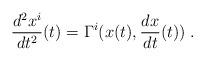
LaTeX: \begin{align*}\frac{d^2 x^i}{dt^2}(t)=\Gamma^i(x(t), \frac{dx}{dt}(t))\; .\end{align*}